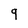
Character: 9